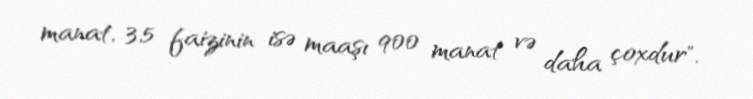
manat, 3,5 faizinin isə maaşı 900 manat və daha çoxdur".